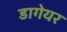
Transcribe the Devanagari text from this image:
डागेयर